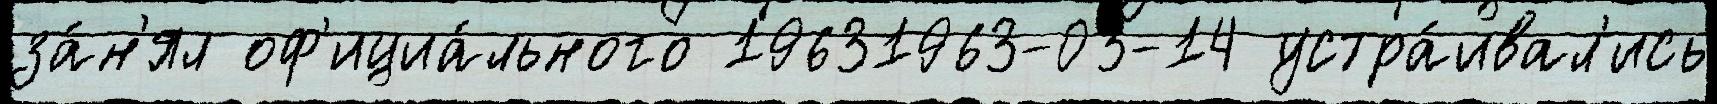
за́н'ял оф'ициа́льного 19631963-03-14 устра́ивал'ись